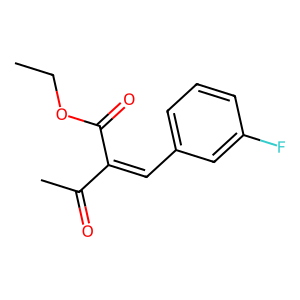
SMILES: CCOC(=O)C(=Cc1cccc(F)c1)C(C)=O
Inhibits HIV replication: No